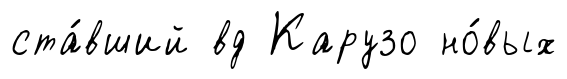
ста́вший вд Карузо но́вых